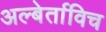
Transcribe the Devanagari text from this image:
अल्बेर्ताविच